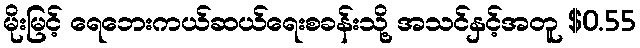
မိုးမြင့် ရေဘေးကယ်ဆယ်ရေးစခန်းသို့ အသင်နှင့်အတူ $0.55